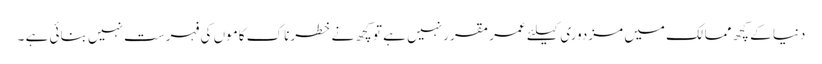
دنیا کے کچھ ممالک میں مزدوری کیلئے عمر مقرر نہیں ہے تو کچھ نے خطرناک کاموں کی فہرست نہیں بنائی ہے ۔